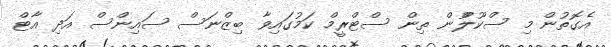
އެގޮތުން މި ސްކޫލްުން ތިން ސްޓްރީމް ކަމުގައިވާ ބިޒްނަސް ސައިންސް އަދި އާޓް